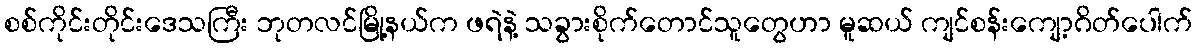
စစ်ကိုင်းတိုင်းဒေသကြီး ဘုတလင်မြို့နယ်က ဖရဲနဲ့ သခွားစိုက်တောင်သူတွေဟာ မူဆယ် ကျင်စန်းကျော့ဂိတ်ပေါက်